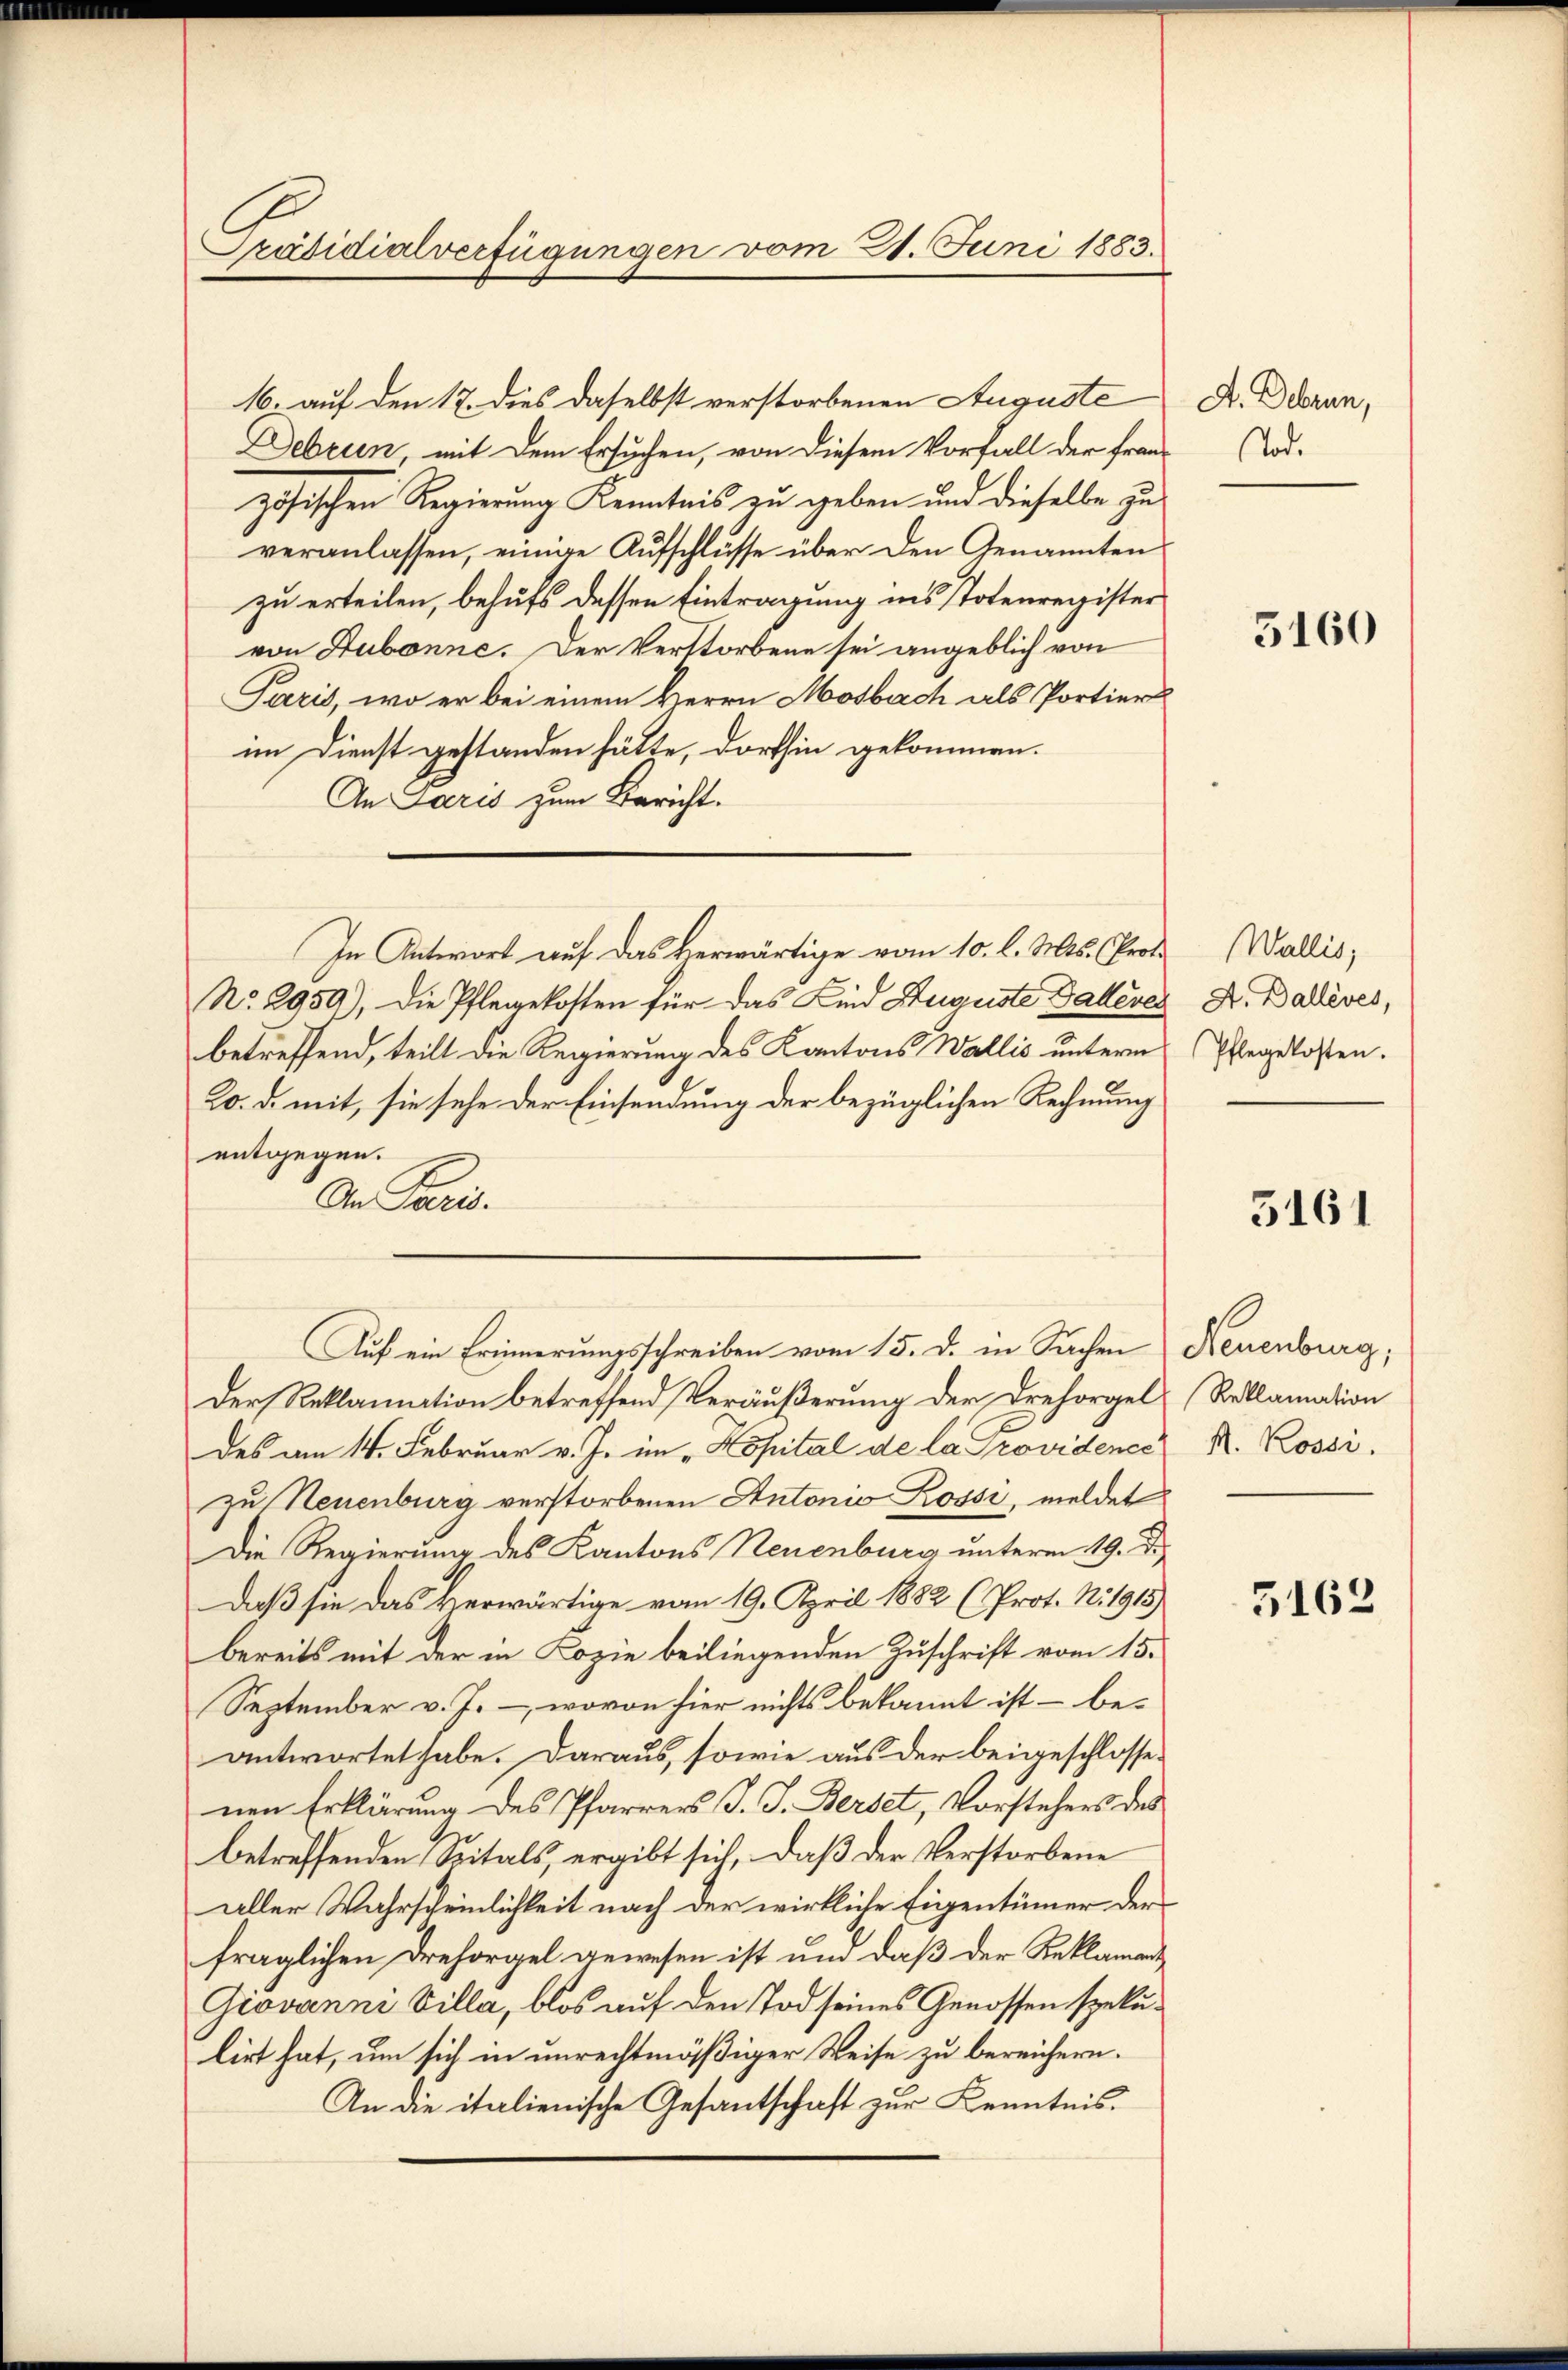
Präsidialverfügungen vom 21. Juni 1883.

16. auf den 17. dies daselbst verstorbenen Auguste
Debrun mit dem Ersuchen, von diesem Vorfall der französischen Regierung Kenntnis zu geben und dieselbe zu
veranlassen, einige Aufschlüsse über den Genannten
zu erteilen, behufs dessen Eintragung ins Totenregister
von Dubonne. Der Verstorbene sei angeblich von
Paris, wo er bei einem Herrn Mosbach als Portier
im Dienst gestanden hätte, dorthin gekommen.
An Paris zum Bericht.
No. 2959), die Pflegekosten für das Kind Auguste Galleres
betreffend, teilt die Regierung des Kantons Wallis unterm
20. d. mit, sie sehe der Einsendung der bezüglichen Rechnung
entgegen.
An Paris.
Auf ein Erinnerungsschreiben vom 15. d. in Sachen Neuenburg,
Der Reklamation betreffend Veräußerung der Drehorgel, Reklamation
des am 14. Februar v. J. im „Kopital de la Providenes R. Rossi
zu Neuenburg verstorbenen Antonio Rossi, meldet
Die Regierung des Kantons Neuenburg unterm 19. d.
Daß sie das verwärtige vom 19. April 1882 (Prot. N. 1915)
bereits mit der in Kopie beiliegenden Zuschrift vom 15.
September v. J. – wovon hier nichts bekannt ist – beantwortet habe. Daraus, sowie aus der beigeschlossenen Erklärung des Pfarrers J. J. Berset, Vorstehers des
betreffenden Spitals, ergibt sich, daß der Verstorbene
aller Wahrscheinlichkeit nach der wirkliche Eigentümer der
fraglichen Dresorgel gewesen ist und daß der Reklamant¬
Giovanni Villa, blos auf den Tod seines Genossen spekulirt hat, um sich in unrechtmäßiger Weise zu bereichern.
An die italienische Gesantschaft zur Kenntnis.

In Antwort auf das verwärtige vom 10. l. Mts. (Prot.

A. Debrun,
Tode

5160

Wallis,
A. Balleves,
Pflegekosten.

5161

3162